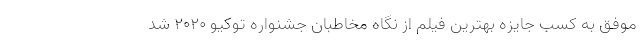
موفق به کسب جایزه بهترین فیلم از نگاه مخاطبان جشنواره توکیو ۲۰۲۰ شد